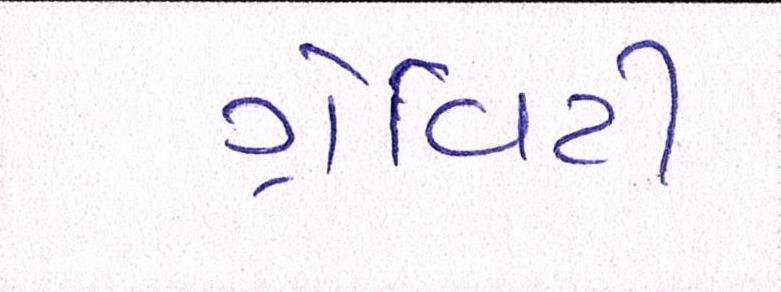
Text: ગ્રેવિટી